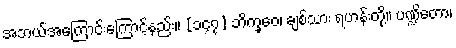
အဘယ်အကြောင်းကြောင့်နည်း။ [၁၄၇] ဘိက္ခဝေ၊ ချစ်သား ရဟန်းတို့။ ပဏ္ဍိတော၊